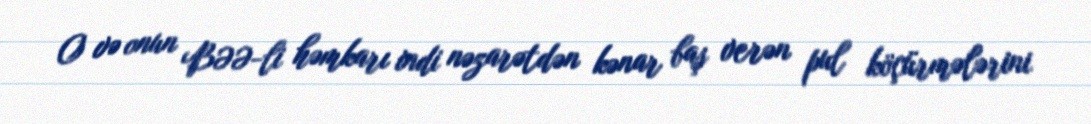
O və onun BƏƏ-li həmkarı indi nəzarətdən kənar baş verən pul köçürmələrini